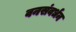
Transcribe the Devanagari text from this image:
वनसंवर्धन